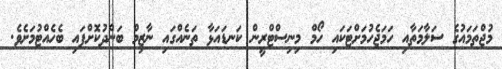
މުޖްތަމައުގެ ސަލާމަތާއި ހަމަޖެހުމަށްޓަކައި ހޯމް މިނިސްޓްރީން ކަނޑައަޅާ ތަނެއްގައި ނާޒިމް ބަންދުކޮށްފައި ބެހެއްޓުމަށެވެ.